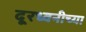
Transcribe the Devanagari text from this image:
दूरध्वनीच्या